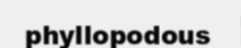
phyllopodous